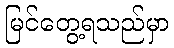
မြင်တွေ့ရသည်မှာ